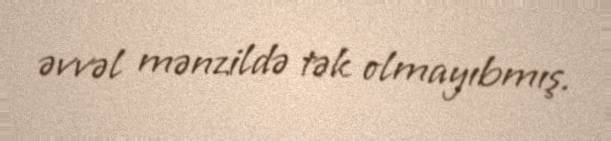
əvvəl mənzildə tək olmayıbmış.